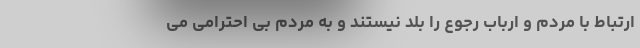
ارتباط با مردم و ارباب رجوع را بلد نیستند و به مردم بی احترامی می